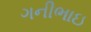
ગનીભાઇ